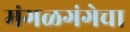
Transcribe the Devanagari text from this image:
मंगळगंगेचा